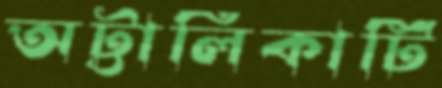
অট্টালিকাটি